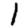
Digit: 1